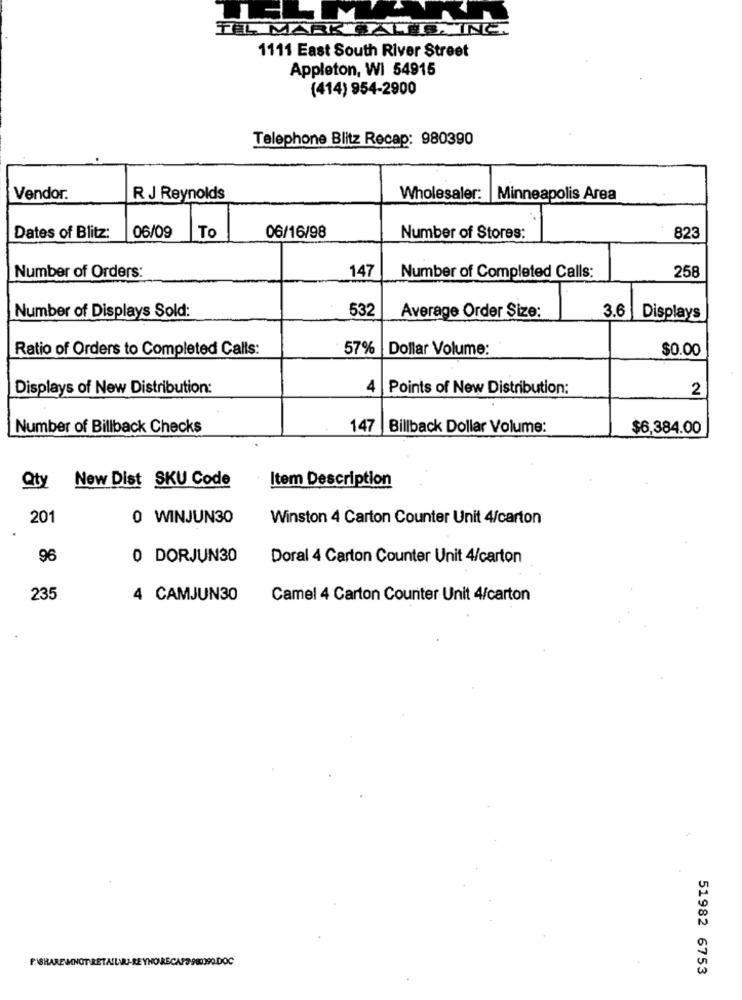
M
TEL MARK ALDING
1111 East South River Street
Appleton, WI 54915
(414) 954-2900
Telephone Blitz Recap: 980390
Vendor.
R J Reynolds
Wholesaler: Minneapolis Area
Dates of Blitz:
06/09
To
06/16/98
Number of Stores:
823
147
258
Number of Orders:
Number of Completed Calls:
532
Average Order Size:
Number of Displays Sold:
3.6 Displays
Ratio of Orders to Completed Calls:
57%
Dollar Volume:
$0.00
Displays of New Distribution:
4 Points of New Distribution:
2
Number of Billback Checks
147 Billback Dollar Volume:
$6,384.00
New Dist SKU Code
Item Description
Qty
201
0 WINJUN30
Winston 4 Carton Counter Unit 4/carton
96
0 DORJUN30
Doral 4 Carton Counter Unit 4/carton
235
4 CAMJUN30
Camel 4 Carton Counter Unit 4/carton
FIBRARE MNOT RETAILVU-REYNO RECAPS 980090.DOC
51982 6753